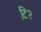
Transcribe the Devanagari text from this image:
टि२